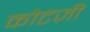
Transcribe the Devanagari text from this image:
कोटज़ी